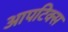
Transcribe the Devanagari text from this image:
आपटिक्स